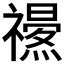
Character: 𥜏